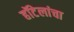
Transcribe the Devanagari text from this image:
हॉटेलांचा